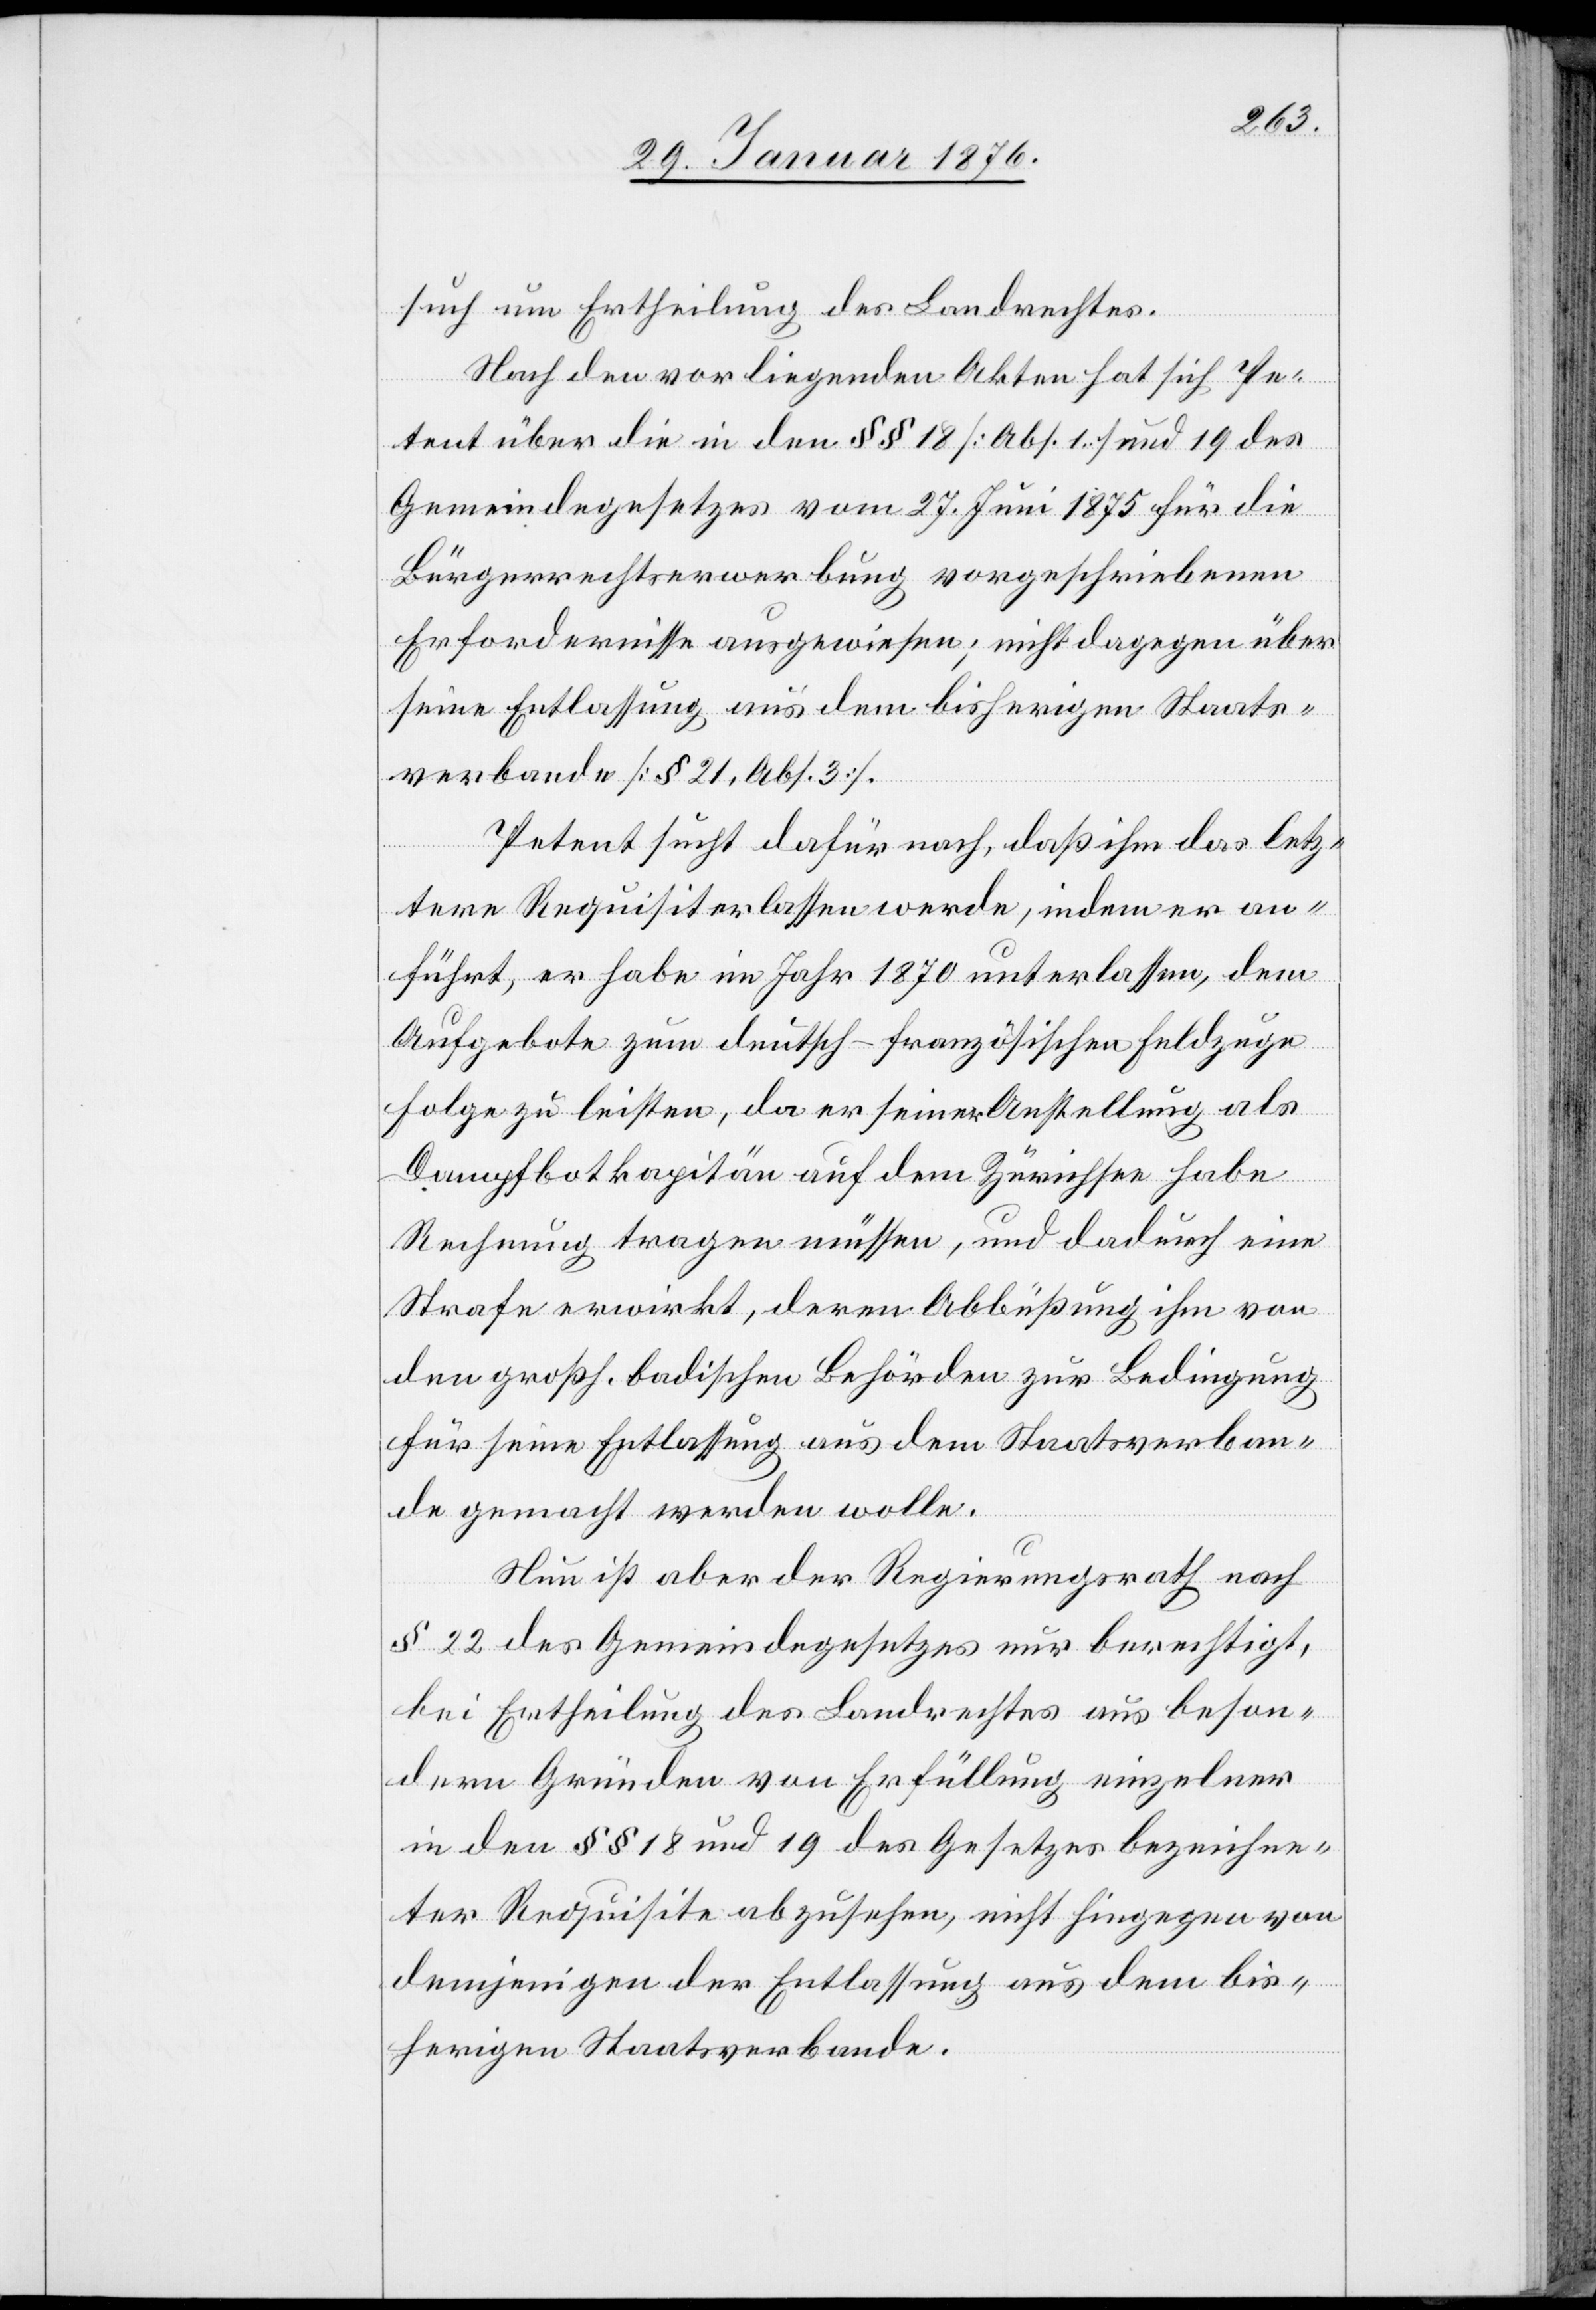
such um Ertheilung des Landrechtes.
Nach den vorliegenden Akten hat sich Pe¬
tent über die in den §§ 18 [Abs. 1] und 19 des
Gemeindegesetzes vom 27. Juni 1875 für die
Bürgerrechtserwerbung vorgeschriebenen
Erfordernisse ausgewiesen; nicht dagegen über
seine Entlassung aus dem bisherigen Staats¬
verbande [§ 21. Abs. 3].
Petent sucht dafür nach, daß ihm das letz¬
tere Requisit erlassen werde, indem er an¬
führt, er habe im Jahr 1870 unterlassen, dem
Aufgebote zum deutsch-französischen Feldzuge
Folge zu leisten, da er seiner Anstellung als
Dampfbotkapitän auf dem Zürichsee habe
Rechnung tragen müssen, und dadurch eine
Strafe erwirkt, deren Abbüßung ihm von
den großh. badischen Behörden zur Bedingung
für seine Entlassung aus dem Staatsverban¬
de gemacht werden wolle.
Nun ist aber der Regierungsrath nach
§ 22 des Gemeindegesetzes nur berechtigt,
bei Ertheilung des Landrechtes aus beson¬
dern Gründen von Erfüllung einzelner
in den §§ 18 und 19 des Gesetzes bezeichne¬
ter Requisite abzusehen, nicht hingegen von
demjenigen der Entlassung aus dem bis¬
herigen Staatsverbande.